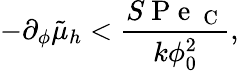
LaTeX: -\partial_{\phi}\tilde{\mu}_{h}<\frac{S\mathrm{~P~e~}_{\mathrm{~C~}}}{k\phi_{0}^{2}},